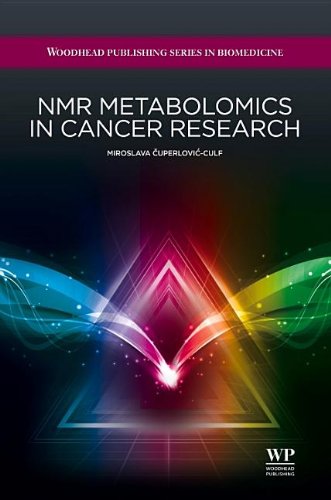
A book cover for NMR Metabolomics in Cancer Research (Woodhead Publishing Series in Biomedicine); Miroslava Cuperlovic-Culf; Business & Money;